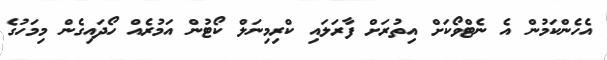
އެހެންކަމުން އެ ނެޓްވޯކަށް އިތުރަށް ފާރަލައި ކްރިމިނަލް ކޯޓުން އަމުރެއް ހޯދައިގެން މިމަހުގެ